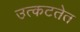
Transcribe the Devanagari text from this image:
उत्कटतेत